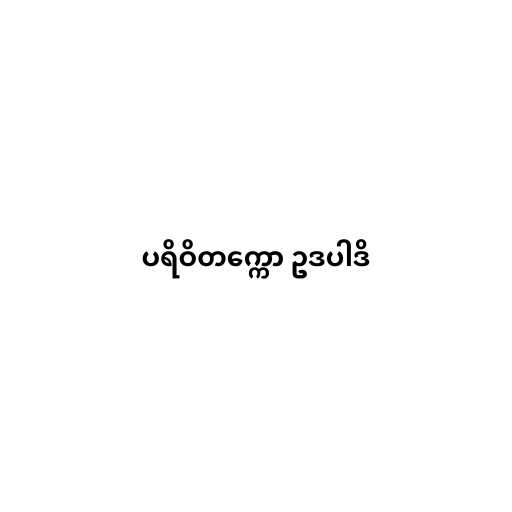
ပရိဝိတက္ကော ဥဒပါဒိ